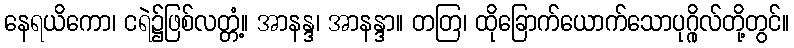
နေရယိကော၊ ငရဲ၌ဖြစ်လတ္တံ့။ အာနန္ဒ၊ အာနန္ဒာ။ တတြ၊ ထိုခြောက်ယောက်သောပုဂ္ဂိုလ်တို့တွင်။